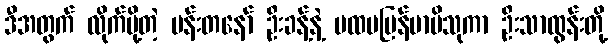
ဒီအတွက် လိုက်ပို့တဲ့ ပန်းတနော် ဦးခန့်နဲ့ ပထမမြန်မာဗိသုကာ ဦးသာထွန်းတို့